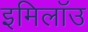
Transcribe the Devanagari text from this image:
इमिलॉउ